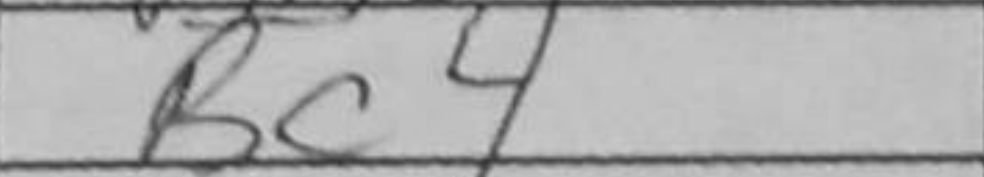
Transcription: Bc4